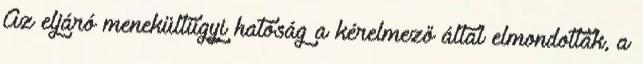
Az eljáró menekültügyi hatóság a kérelmező által elmondottak, a